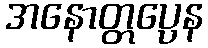
အနောတ္တပ္ပေန